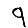
Digit: 9